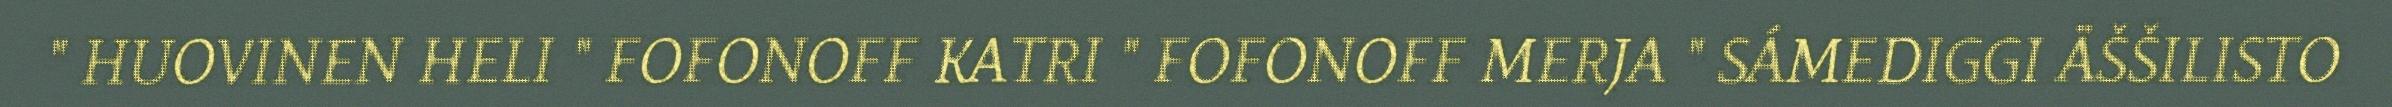
" HUOVINEN HELI " FOFONOFF KATRI " FOFONOFF MERJA " SÁMEDIGGI ÄŠŠILISTO